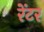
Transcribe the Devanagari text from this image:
रेंटर